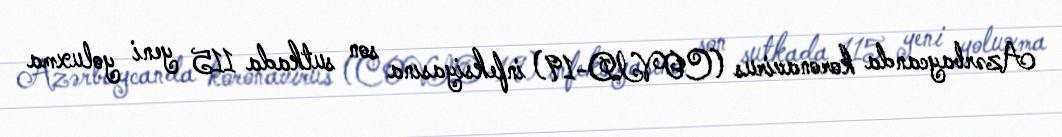
Azərbaycanda koronavirus (COVID-19) infeksiyasına son sutkada 115 yeni yoluxma